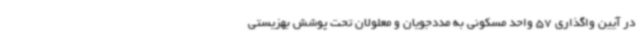
در آیین واگذاری 57 واحد مسکونی به مددجویان و معلولان تحت پوشش بهزیستی